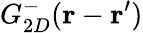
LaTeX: G_{2D}^{-}(\mathbf{r}-\mathbf{r}^{\prime})